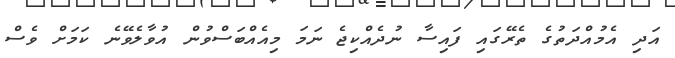
އަދި އެމުއްދަތުގެ ތެރޭގައި ފައިސާ ނުދެއްކިޖެ ނަމަ މިއެއްބަސްވުން އުވާލެވޭނެ ކަމަށް ވެސް